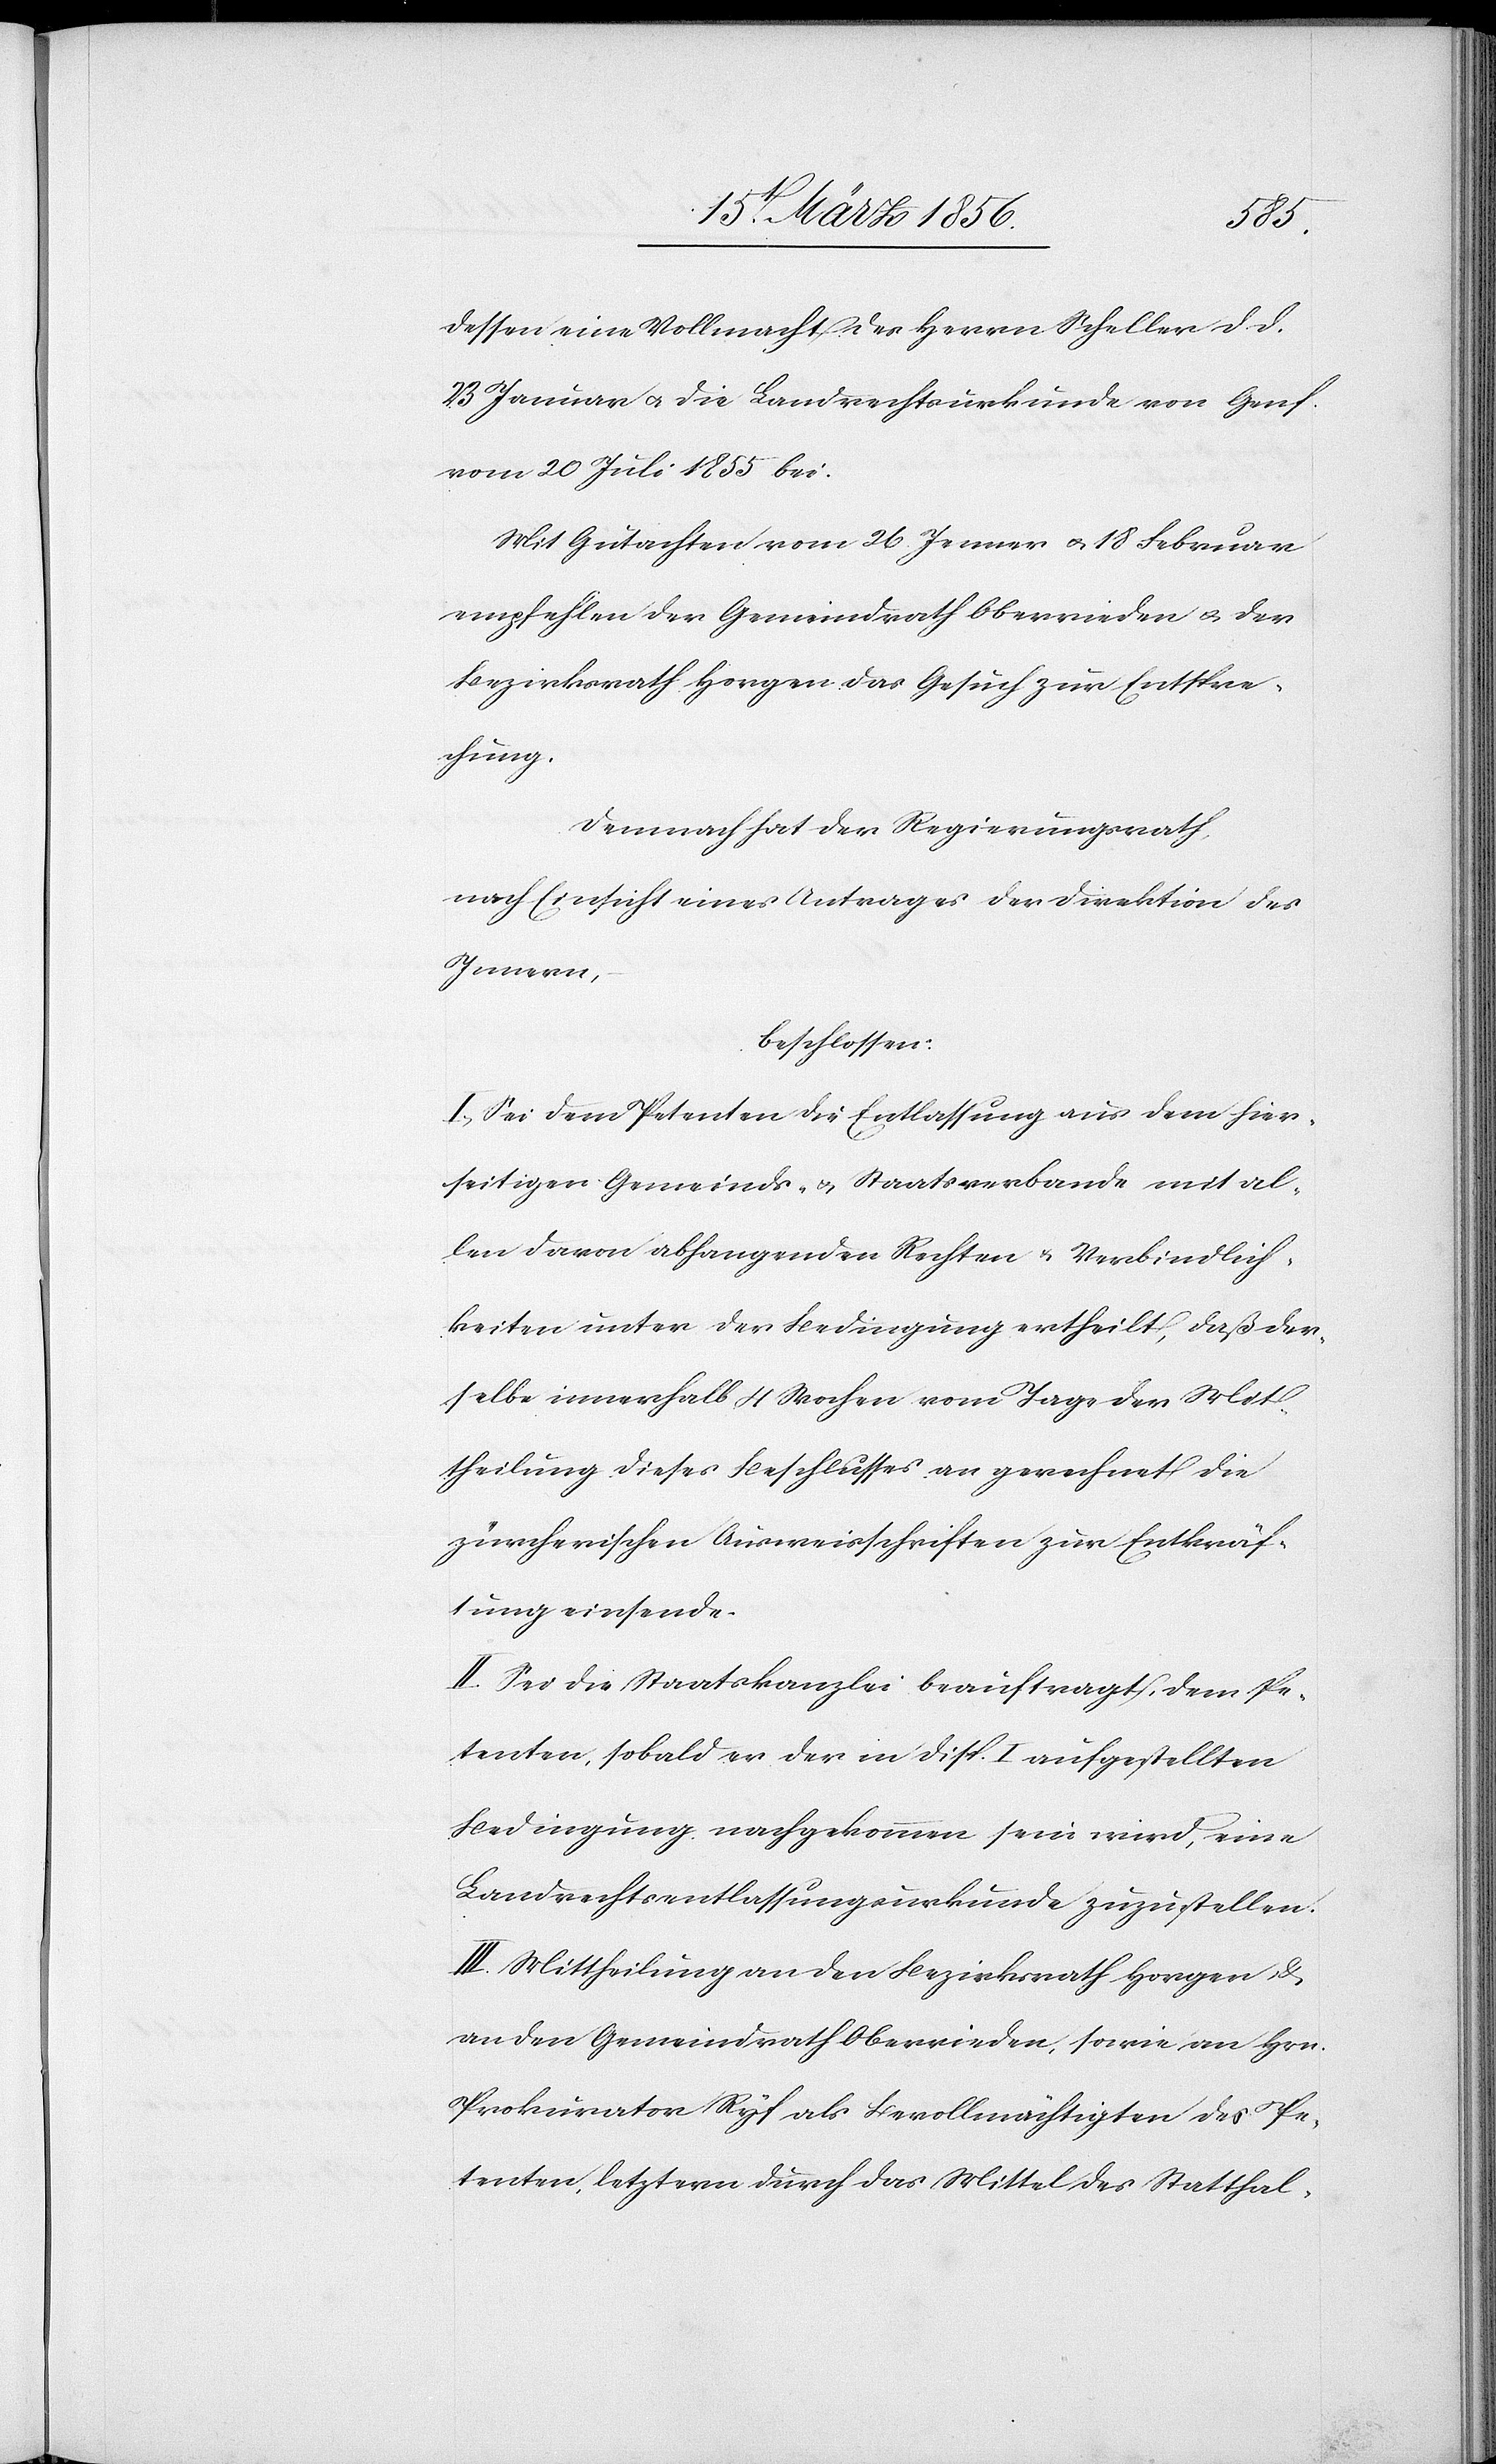
dessen eine Vollmacht des Herrn Scheller d. d.
23 Januar u. die Landrechtsurkunde von Genf
vom 20 Juli 1855 bei.
Mit Gutachten vom 26 Jenner u. 18 Februar
empfehlen der Gemeindrath Oberrieden & der
Bezirksrath Horgen das Gesuch zur Entspre¬
chung.
Demnach hat der Regierungsrath,
nach Einsicht eines Antrages der Direktion des
Innern,
beschlossen:
I., Sei dem Petenten die Entlassung aus dem hier¬
seitigen Gemeinds- & Staatsverbande mit al¬
len davon abhangenden Rechten & Verbindlich¬
keiten unter der Bedingung ertheilt, das der¬
selbe innerhalb 4 Wochen vom Tage der Mit¬
theilung dieses Beschlusses an gerechnet die
zürcherische Ausweisschriften zur Entkräf¬
tung einsende.
II. Sei die Staatskanzlei beauftragt, dem Pe¬
tenten, sobald er der in Disp. I. aufgestellten
Bedingung nachgekommen sein wird, eine
Landrechtsentlassungskurkunde zuzustellen.
III. Mittheilung an den Bezirksrath Horgen, &
an den Gemeindrath Oberrieden, sowie an Hrn.
Prokurator Ryf als Bevollmächtigten des Pe¬
tenten, letztern durch das Mittel des Statthal-